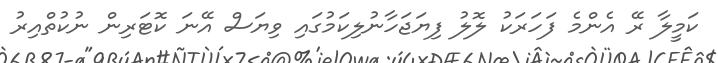
ކަމީލާ ރޭ އެންމެ ފަހަރަކު ލޮލު ފިޔަޖަހާނުލިކަމުގައި ވިޔަސް އޭނަ ކޮޓަރިން ނުކުތްއިރު